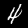
Digit: 4